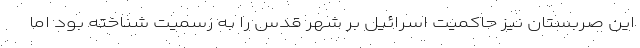
این صربستان نیز حاکمیت اسرائیل بر شهر قدس را به رسمیت شناخته بود اما